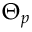
\Theta _ { p }